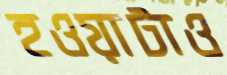
হওয়াটাও